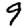
Digit: 9